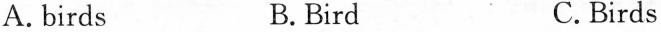
A.birds B. Bird C.Birds